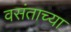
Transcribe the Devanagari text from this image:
वसंताच्या